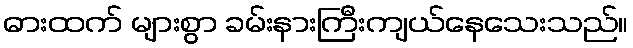
ဓားထက် များစွာ ခမ်းနားကြီးကျယ်နေသေးသည်။